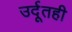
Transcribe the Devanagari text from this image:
उर्दूतही